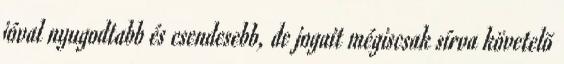
jóval nyugodtabb és csendesebb, de jogait mégiscsak sírva követelõ